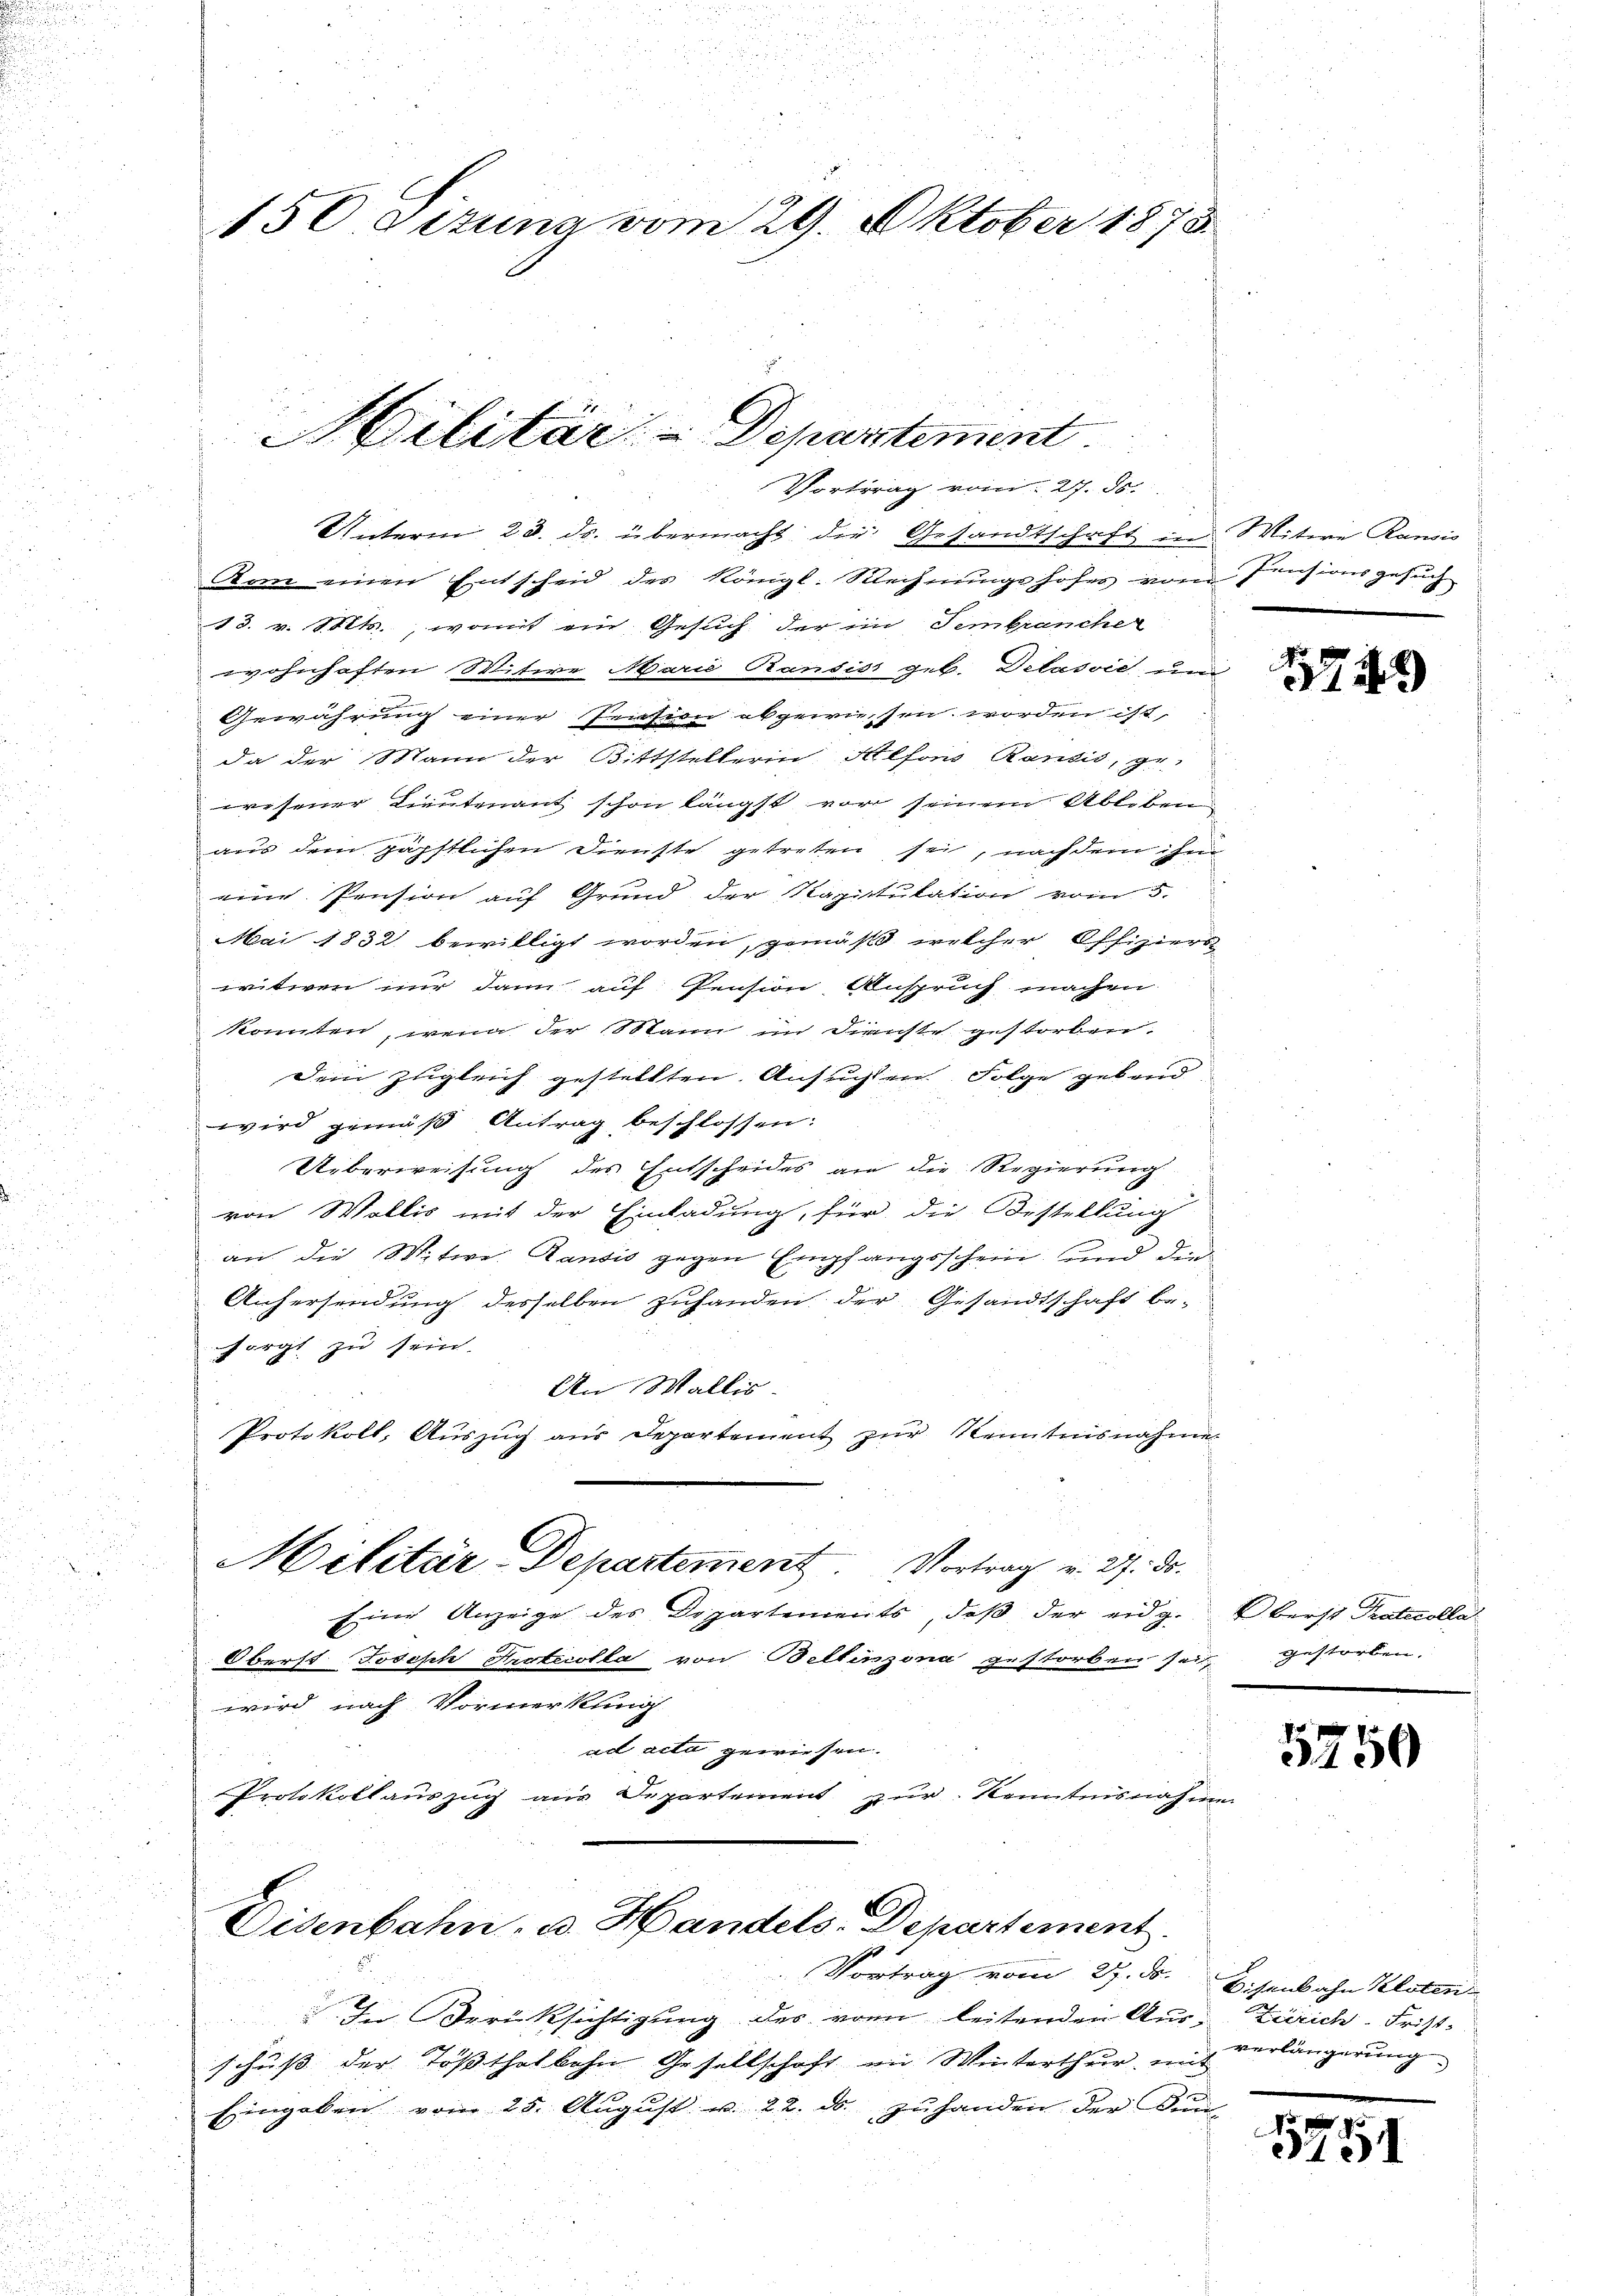
d

Unterm 23. ds. übermacht die Gesandtschaft in Witwe Rausis
Kam einen Entscheid des Königl. Rechnŭngshofes vom Pensionsgesŭch
13. v. Mts., womit ein Gesuch der im Sembrancher
wohnhaften Witwe Marie Ransis geb. Dilasvić und
Gewährung einer Pension abgewiesen worden ist,
da der Mann der Bittstellerin Alfons Randis, ge-
wesener Lieutenant schon längst vor seinem Ableben
aus dem zäpstlichen Dienste getreten sei, nach dem ihn
eine Pension auf Grund der Kapitulation vom 5.
Mai 1832 bewilligt worden, gemäß welcher Offiziers
witwen nur dann auf Pension Anspruch machen.
konnten, wenn der Mann im Dienste gestorben.
Dem zugleich gestellten Ansuchen Folge gebend
i
wird gemäß Antrag beschlossen:
Ueberweisung des Entscheides an die Regierung
von Wollis mit der Einladung, für die Bestellung
an die Witwe. Landis gegen Empfangsschein und die
Anhersendung desselben zuhanden der Gesandtschaft be-
sorgt zu sein.
An Wallis.
Protokoll, Aŭszŭg aŭs Departement zŭr Kenntnisnahmen
Militär-Departement. Vortrag v. 27. ds.
Eine Anzeige des Departements, daβ der eidg. Eberst Protocolla
Oberst Joseph Protocolla von Bellinzona gestorben sei, gestorben.
wird nach Vormerkung
ad acta gewiesen.
Protokollauszug aus Departement zur Kenntnisnahme

850 etzung vom 29. Oktober 1873.

Militär-Departement
Vortrag vom 27. ds.

Eisenbahn, u. Handels-Departement

Vortrag vom 27. ds. Eisenbahn Kloten-
In Berücksichtigung des von leitenden Aus Zürich. Fristschuss der Tößthalbahn Gesellschaft im Winterthur mit
Eingaben vom 25. August u. 22. ds. zuhanden der Kun¬

1149

5750

verlängerung

5751